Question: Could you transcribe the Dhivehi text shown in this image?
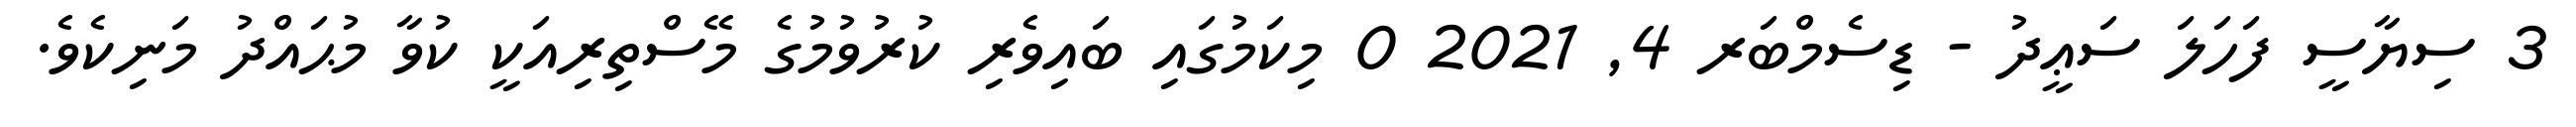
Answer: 3 ސިޔާސީ ފަހަލަ ސަޢީދު - ޑިސެމްބަރ 4, 2021 0 މިކަމުގައި ބައިވެރި ކުރުވުމުގެ މޭސްތިރިއަކީ ކުވާ މުޙައްދު މަނިކެވެ.